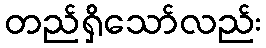
တည်ရှိသော်လည်း